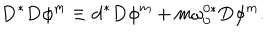
\mathbf { D } ^ { \ast } \mathbf { D } \phi ^ { m } \equiv \mathbf { d } ^ { \ast } \mathbf { D } \phi ^ { m } + m \mathbf { \omega } _ { 0 } ^ { 0 \ast } \mathbf { D } \phi ^ { m } .